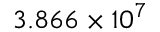
3 . 8 6 6 \times 1 0 ^ { 7 }